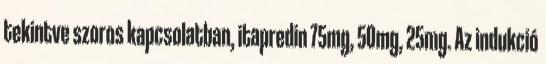
tekintve szoros kapcsolatban, itapredin 75mg, 50mg, 25mg. Az indukció